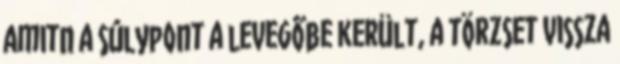
amitn a súlypont a levegőbe került, a törzset vissza